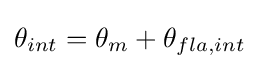
{\textstyle \theta _{int}=\theta _{m}+\theta _{fla,int}}